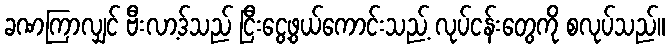
ခဏကြာလျှင် ဗီးလာ့ဒ်သည် ငြီးငွေ့ဖွယ်ကောင်းသည့် လုပ်ငန်းတွေကို စလုပ်သည်။